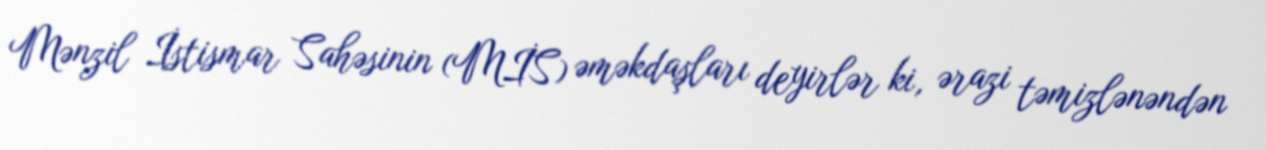
Mənzil İstismar Sahəsinin (MİS) əməkdaşları deyirlər ki, ərazi təmizlənəndən